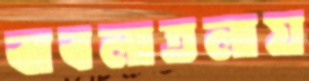
বাবলাতলায়